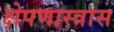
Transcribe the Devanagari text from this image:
क्षेपणास्त्रास